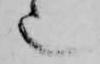
也